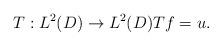
LaTeX: \begin{align*}T: L^2(D)\rightarrow L^2(D) Tf=u.\end{align*}